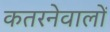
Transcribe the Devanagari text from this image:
कतरनेवालों